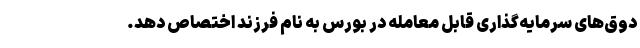
دوق‌های سرمایه‌گذاری قابل معامله در بورس به نام فرزند اختصاص دهد.